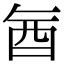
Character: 𮠖